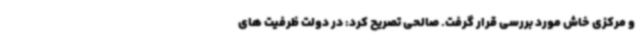
و مرکزی خاش مورد بررسی قرار گرفت. صالحی تصریح کرد: در دولت ظرفیت های